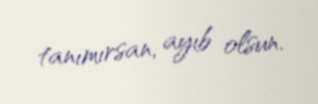
tanımırsan, ayıb olsun.